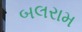
બલરામ